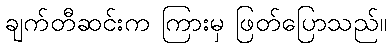
ချက်တီဆင်းက ကြားမှ ဖြတ်ပြောသည်။